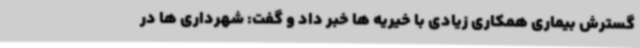
گسترش بیماری همکاری زیادی با خیریه ها خبر داد و گفت: شهرداری ها در